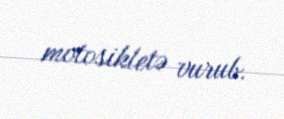
motosikletə vurub.